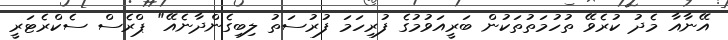
އޭނާއާ މެދު ކުރެވޭ ތުހުމަތުތަކުން ބަރީއަވުމުގެ ފުރިހަމަ ފުރުސަތު ލިބިގެންދާނެއޭ" ޕްރެސް ސެކްރެޓަރީ